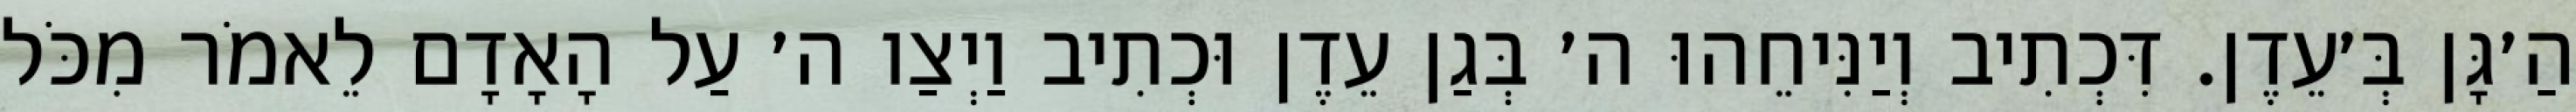
הַ׳גָּן בְּ׳עֵדֶן. דִּכְתִיב וְיַנִּיחֵהוּ ה׳ בְּגַן עֵדֶן וּכְתִיב וַיְצַו ה׳ עַל הָאָדָם לֵאמֹר מִכֹּל